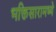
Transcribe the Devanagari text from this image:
भक्तिसारामध्ये